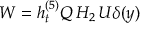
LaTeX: W = h _ { t } ^ { ( 5 ) } Q \, H _ { 2 } \, U \delta ( y )